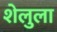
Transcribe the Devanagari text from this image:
शेलुला